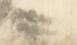
奉